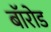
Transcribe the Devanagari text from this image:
बॉरोड